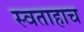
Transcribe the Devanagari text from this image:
स्वताहाच